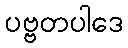
ပဗ္ဗတပါဒေ